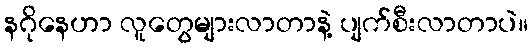
နဂိုနေဟာ လူတွေများလာတာနဲ့ ပျက်စီးလာတာပဲ။